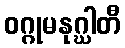
ဝဂ္ဂုမနုဂ္ဃါတီ